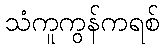
သံကူကွန်ကရစ်